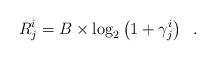
LaTeX: \begin{align*}R_j^i = B \times \log_2 \left( { 1+ \gamma^i_j} \right) \;\; .\end{align*}